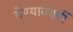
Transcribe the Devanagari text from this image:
येण्याववर्यी